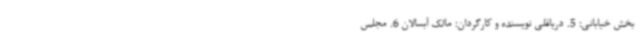
بخش خیابانی: 5. دریاقلی نویسنده و کارگردان: مالک آبسالان 6. مجلس